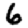
Digit: 6